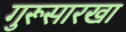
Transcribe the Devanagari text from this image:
गुरूसारखा